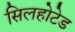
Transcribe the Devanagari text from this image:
सिलहोटेड